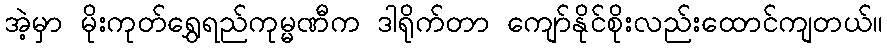
အဲ့မှာ မိုးကုတ်ရွှေရည်ကုမ္မဏီက ဒါရိုက်တာ ကျော်နိုင်စိုးလည်းထောင်ကျတယ်။